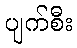
ပျက်စီး